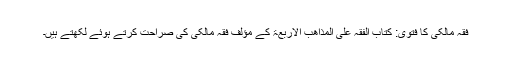
فقہ مالکی کا فتویٰ: کتاب الفقہ علی المذاھب الاربعۃ کے مؤلف فقہ مالکی کی صراحت کرتے ہوئے لکھتے ہیں۔